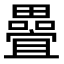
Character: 𭻵